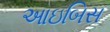
આઇબિસ